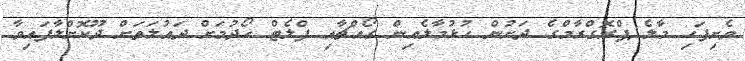
ވެށިފަހި މާލެ ޕްރޮގްރާމްގެ ދަށުން ހުޅުމާލެއިން ގޯއްޗާއި ފްލެޓް ހޯދުމަށް ދައުލަތަށް ދޫކޮށްލާފައިވާ